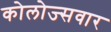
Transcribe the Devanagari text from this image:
कोलोज्सवार